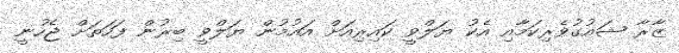
ޒާރާ ޝައުގުވެރިކަމާއި އެކު ޔަލްވީ ކައިރިއަށް އައުމުން ޔަލްވީ ބިރުން ފަހަތަށް ޖެހުނީ